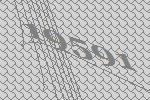
19591